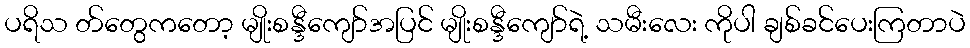
ပရိသ တ်တွေကတော့ မျိုးစန္ဒီကျော်အပြင် မျိုးစန္ဒီကျော်ရဲ့ သမီးလေး ကိုပါ ချစ်ခင်ပေးကြတာပဲ